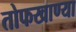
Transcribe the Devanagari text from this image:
तोफखाण्या